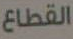
القطاع